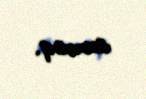
axmaq.